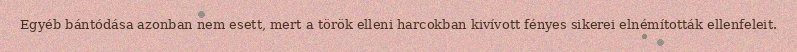
Egyéb bántódása azonban nem esett, mert a török elleni harcokban kivívott fényes sikerei elnémították ellenfeleit.